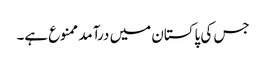
جس کی پاکستان میں درآمد ممنوع ہے۔